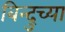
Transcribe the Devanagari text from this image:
बिन्दुच्या